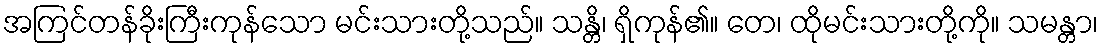
အကြင်တန်ခိုးကြီးကုန်သော မင်းသားတို့သည်။ သန္တိ၊ ရှိကုန်၏။ တေ၊ ထိုမင်းသားတို့ကို။ သမန္တာ၊